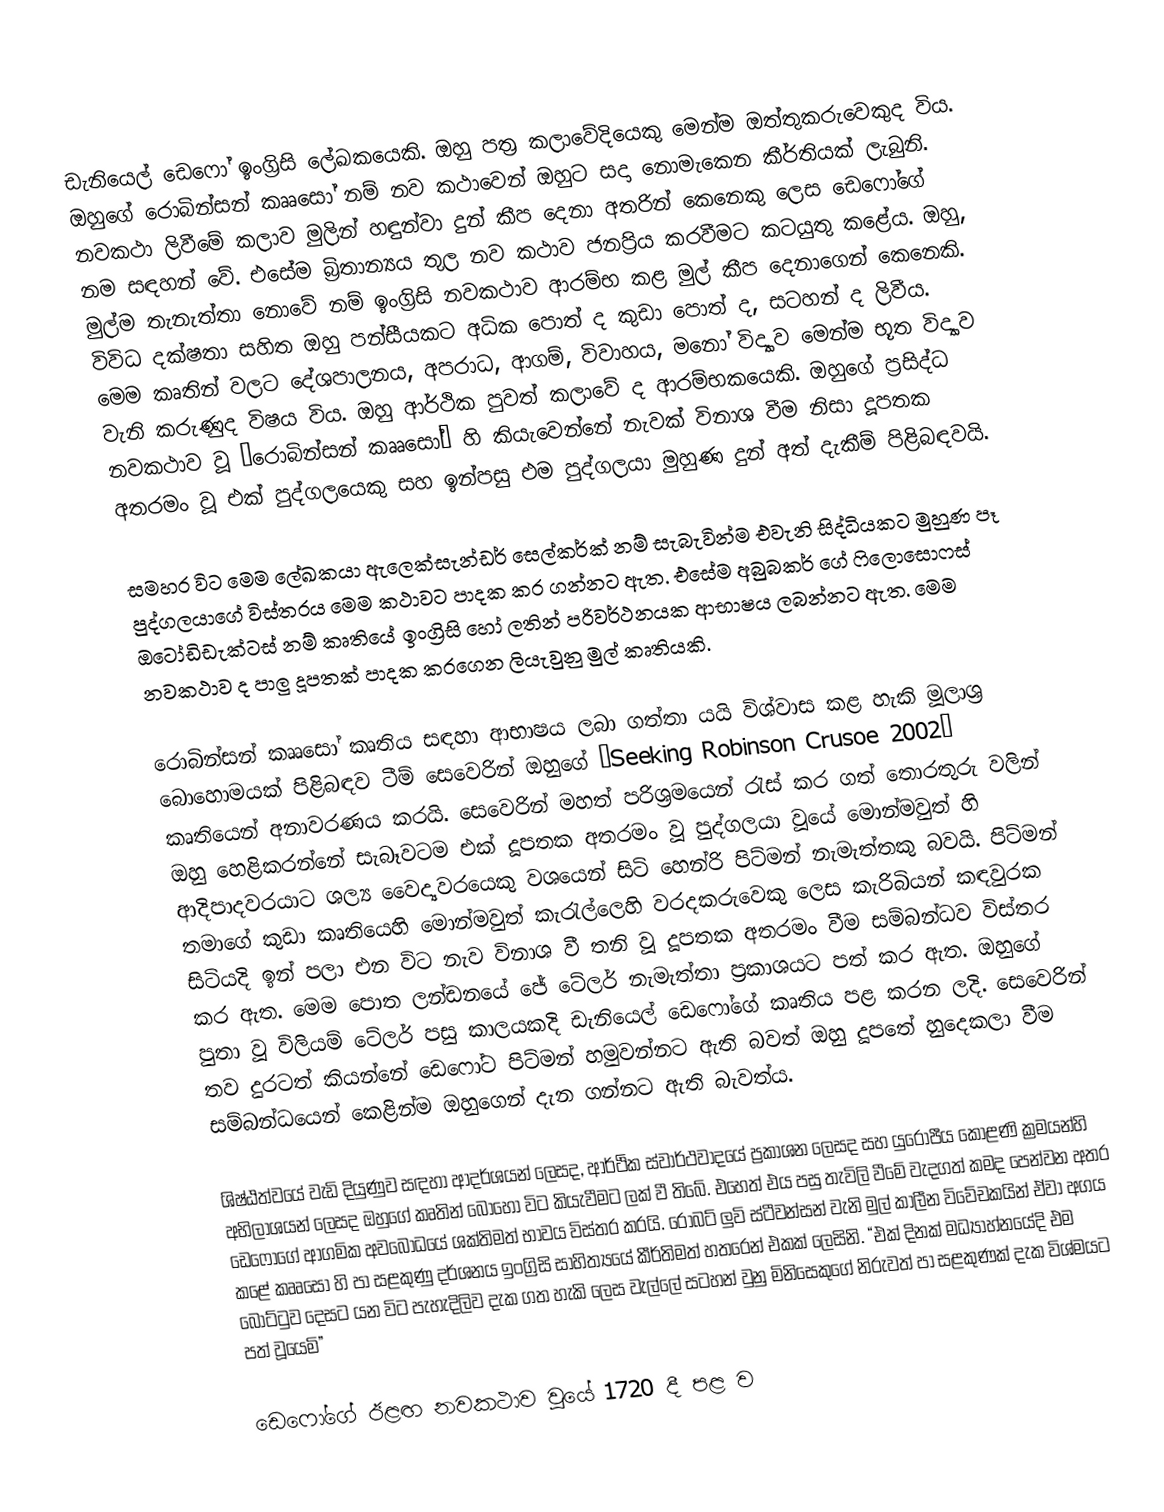
ඩැනියෙල් ඩෙෆෝ ඉංග්‍රිසි ලේඛකයෙකි. ඔහු පත්‍ර කලාවේදියෙකු මෙන්ම ඔත්තුකරුවෙකුද විය. ඔහුගේ රොබින්සන් කෲසෝ නම් නව කථාවෙන් ඔහුට සදා නොමැකෙන කීර්තියක් ලැබුනි. නවකථා ලිවීමේ කලාව මුලින් හඳුන්වා දුන් කීප දෙනා අතරින් කෙනෙකු ලෙස ඩෙෆෝගේ නම සඳහන් වේ. එසේම බ්‍රිතාන්‍යය තුල නව කථාව ජනප්‍රිය කරවීමට කටයුතු කළේය. ඔහු, මුල්ම තැනැත්තා නොවේ නම් ඉංග්‍රිසි නවකථාව ආරම්භ කළ මුල් කීප දෙනාගෙන් කෙනෙකි. විවිධ දක්ෂතා සහිත ඔහු පන්සීයකට අධික පොත් ද කුඩා පොත් ද, සටහන් ද ලිවීය. මෙම කෘතින් වලට දේශපාලනය, අපරාධ, ආගම්, විවාහය, මනෝ විද්‍යාව මෙන්ම භූත විද්‍යාව වැනි කරුණුද විෂය විය. ඔහු ආර්ථික පුවත් කලාවේ ද ආරම්භකයෙකි. ඔහුගේ ප්‍රසිද්ධ නවකථාව වූ ‘රොබින්සන් කෲසෝ’ හි කියැවෙන්නේ නැවක් විනාශ වීම නිසා දූපතක අතරමං වූ එක් පුද්ගලයෙකු සහ ඉන්පසු එම පුද්ගලයා මුහුණ දුන් අත් දැකීම් පිළිබඳවයි.

සමහර විට මෙම ලේඛකයා ඇලෙක්සැන්ඩර් සෙල්කර්ක් නම් සැබැවින්ම එවැනි සිද්ධියකට මුහුණ පෑ පුද්ගලයාගේ විස්තරය මෙම කථාවට පාදක කර ගන්නට ඇත. එසේම අබුබකර් ගේ ෆිලොසොෆස් ඔටෝඩිඩැක්ටස් නම් කෘතියේ ඉංග්‍රිසි හෝ ලතින් පරිවර්ථනයක ආභාෂය ලබන්නට ඇත. මෙම නවකථාව ද පාලු දූපතක් පාදක කර‍ගෙන ලියැවුනු මුල් කෘතියකි.

රොබින්සන් කෲසෝ කෘතිය සඳහා ආභාෂය ලබා ගත්තා යයි විශ්වාස කළ හැකි මූලාශ්‍ර බොහොමයක් පිළිබඳව ටීම් සෙවෙරින් ඔහුගේ ‘Seeking Robinson Crusoe 2002’ කෘතියෙන් අනාවරණය කරයි. සෙවෙරින් මහත් පරිශ්‍රමයෙන් රැස් කර ගත් තොරතුරු වලින් ඔහු හෙළිකරන්නේ සැබෑවටම එක් දූපතක අතරමං වූ පුද්ගලයා වූයේ මොන්මවුත් හි ආදිපාදවරයාට ශල්‍ය වෛද්‍යවරයෙකු වශයෙන් සිටි හෙන්රි පිට්මන් නැමැත්තකු බවයි. පිට්මන් තමාගේ කුඩා කෘතියෙහි මොන්මවුත් කැරැල්ලෙහි වරදකරුවෙකු ලෙස කැරිබියන් කඳවුරක සිටියදි ඉන් පලා එන විට නැව විනාශ වී තනි වූ දූපතක අතරමං වීම සම්බන්ධව විස්තර කර ඇත. මෙම පොත ලන්ඩනයේ ජේ ටේලර් නැමැත්තා ප්‍රකාශයට පත් කර ඇත. ඔහුගේ පුතා වූ විලියම් ටේලර් පසු කාලයකදි ඩැනියෙල් ඩෙෆෝගේ කෘතිය පළ කරන ලදි. සෙවෙරින් තව දුරටත් කියන්නේ ඩෙෆෝට පිට්මන් හමුවන්නට ඇති බවත් ඔහු දූපතේ හුදෙකලා වීම සම්බන්ධයෙන් කෙළින්ම ඔහුගෙන් දැන ගන්නට ඇති බැවත්ය.

ශිෂ්ඨත්වයේ වැඩි දියුණුව සඳහා ආදර්ශයන් ලෙසද, ආර්ථික ස්වාර්ථවාදයේ ප්‍රකාශන ලෙසද සහ යුරෝපීය කොළණි ක්‍රමයන්හි අභිලාශයන් ලෙසද ඔහුගේ කෘතින් බොහෝ විට කියැවීමට ලක් වී තිබේ. එහෙත් එය පසු තැවිලි වීමේ වැදගත් කමද පෙන්වන අතර ඩෙෆෝගේ ආගමික අවබෝධයේ ශක්තිමත් භාවය විස්තර කරයි. රොබට් ලුවි ස්ටීවන්සන් වැනි මුල් කාලීන විවේචකයින් ඒවා අගය කළේ කෲසෝ හි පා සළකුණු දර්ශනය ඉංග්‍රිසි සාහිත්‍යයේ කීර්තිමත් හතරෙන් එකක් ලෙසිනි. “එක් දිනක් මධ්‍යා‍හ්නයේදි එම බෝට්ටුව දෙසට යන විට පැහැදිලිව දැක ගත හැකි ලෙස වැල්ලේ සටහන් වුනු මිනිසෙකුගේ නිරුවත් පා සළකුණක් දැක විශ්මයට පත් වූයෙමි”

ඩෙෆෝගේ ඊළඟ නවකථාව වූයේ 1720 දී පළ ව